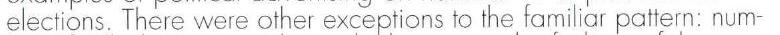
here were other exceptions to the familiar pattern: num-